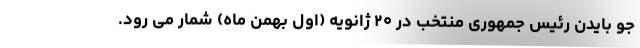
جو بایدن رئیس جمهوری منتخب در ۲۰ ژانویه (اول بهمن ماه) شمار می رود.